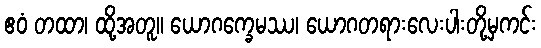
ဧဝံ တထာ၊ ထို့အတူ။ ယောဂက္ခေမဿ၊ ယောဂတရားလေးပါးတို့မှကင်း